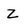
Character: Z